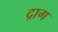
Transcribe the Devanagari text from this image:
द्राग